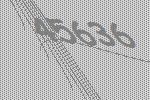
45636